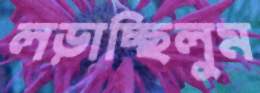
লড়াচ্ছিলুম